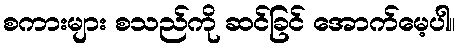
စကားများ စသည်ကို ဆင်ခြင် အောက်မေ့ပါ။